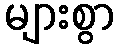
များစွာ